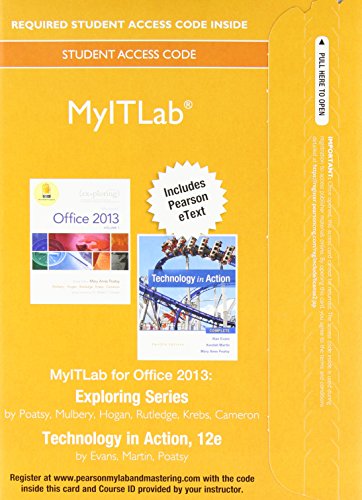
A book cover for MyITLab with Pearson eText -- Access Card -- for Exploring with Technology In Action; Alan Evans; Computers & Technology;